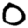
Digit: 0